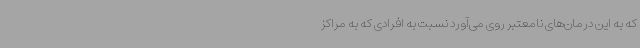
که به این درمان‌های نامعتبر روی می‌آورد نسبت به افرادی که به مراکز